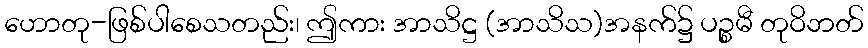
ဟောတု-ဖြစ်ပါစေသတည်း၊ ဤကား အာသိဋ္ဌ (အာသိသ)အနက်၌ ပဉ္စမီ တုဝိဘတ်